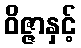
ဝိဇ္ဇာနှင့်